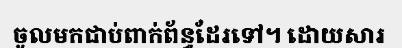
ចូលមកជាប់ពាក់ព័ន្ធដែរទៅ។ ដោយសារ